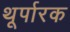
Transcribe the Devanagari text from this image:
थूर्पारक